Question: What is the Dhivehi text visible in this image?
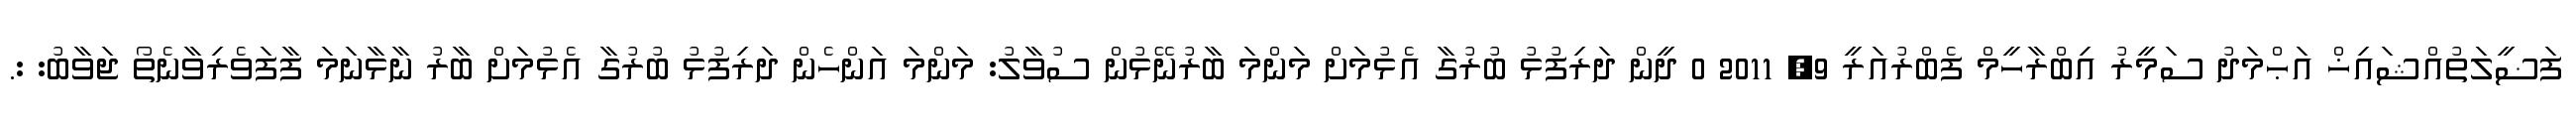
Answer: ފަޟީލަތުއްޝައިޚް އަޙްމަދު ސަމީރު އިބްރާހީމް ފެބްރުއަރީ 9, 2011 0 ދީން ދަރިފުޅު ބުރުގާ އެޅުމަށް މަންމަ ބާރުނޭޅުން ސުވާލު: މަންމަ އަންހެން ދަރިފުޅު ބުރުގާ އެޅުމަށް ބާރު ނާޅާނަމަ ފާފަވެރިވާނެތޯ ޖަވާބު: :.